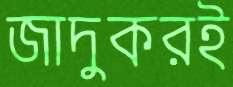
জাদুকরই